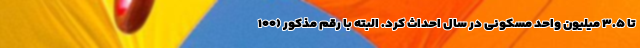
تا ۳.۵ میلیون واحد مسکونی در سال احداث کرد. البته با رقم مذکور (۱۰۰